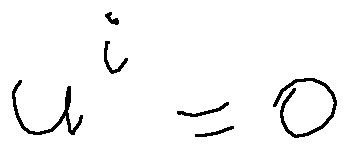
u ^ { i } = 0